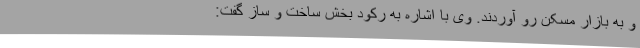
و به بازار مسکن رو آوردند. وی با اشاره به رکود بخش ساخت و ساز گفت: